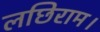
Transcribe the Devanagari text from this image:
लछिराम।